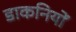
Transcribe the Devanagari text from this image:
डाकनियों